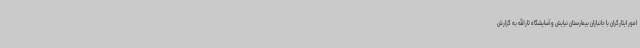
امور ایثارگران با جانبازان بیمارستان نیایش و آسایشگاه ثارالله به گزارش